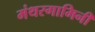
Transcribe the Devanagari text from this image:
मंथरगामिनी